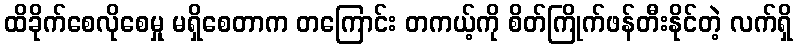
ထိခိုက်စေလိုစေမှု မရှိစေတာက တကြောင်း တကယ့်ကို စိတ်ကြိုက်ဖန်တီးနိုင်တဲ့ လက်ရှိ